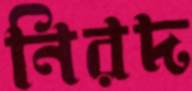
নিরদ